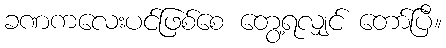
ခဏကလေးပင်ဖြစ်စေ တွေ့ရလျှင် တော်ပြီ။